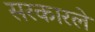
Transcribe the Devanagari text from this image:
सरकारले